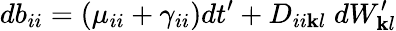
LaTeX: db_{ii}=(\mu_{ii}+\gamma_{ii})dt^{\prime}+D_{ii\mathbf{k}l}\; dW_{\mathbf{k}l}^{\prime}